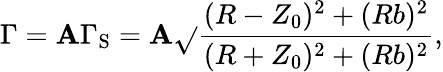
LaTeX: \Gamma=\mathbf{A}\Gamma_{\mathrm{{S}}}=\mathbf{A}\sqrt{}{{\frac{{(R-Z_{0})^{2}+(Rb)^{2}}}{{(R+Z_{0})^{2}+(Rb)^{2}}}}},